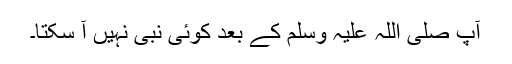
آپ صلی اللہ علیہ وسلم کے بعد کوئی نبی نہیں آ سکتا۔